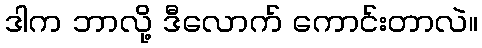
ဒါက ဘာလို့ ဒီလောက် ကောင်းတာလဲ။